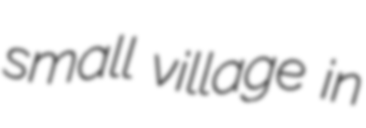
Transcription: small village in